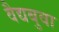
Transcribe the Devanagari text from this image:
वैद्यबुवा